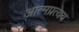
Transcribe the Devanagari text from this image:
आत्मप्रत्यय